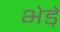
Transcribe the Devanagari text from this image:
भेडे़